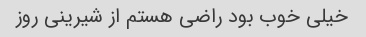
خیلی خوب بود راضی هستم از شیرینی روز